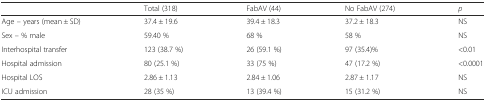
<table><thead><tr><td></td><td><b>Total (318)</b></td><td><b>FabAV (44)</b></td><td><b>No FabAV (274)</b></td><td><b><i>p</i></b></td></tr></thead><tbody><tr><td>Age – years (mean ± SD)</td><td>37.4 ± 19.6</td><td>39.4 ± 18.3</td><td>37.2 ± 18.3</td><td>NS</td></tr><tr><td>Sex – % male</td><td>59.40 %</td><td>68 %</td><td>58 %</td><td>NS</td></tr><tr><td>Interhospital transfer</td><td>123 (38.7 %)</td><td>26 (59.1 %)</td><td>97 (35.4)%</td><td>&lt;0.01</td></tr><tr><td>Hospital admission</td><td>80 (25.1 %)</td><td>33 (75 %)</td><td>47 (17.2 %)</td><td>&lt;0.0001</td></tr><tr><td>Hospital LOS</td><td>2.86 ± 1.13</td><td>2.84 ± 1.06</td><td>2.87 ± 1.17</td><td>NS</td></tr><tr><td>ICU admission</td><td>28 (35 %)</td><td>13 (39.4 %)</td><td>15 (31.2 %)</td><td>NS</td></tr></tbody></table>